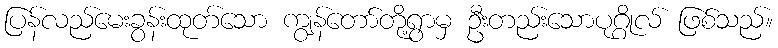
ပြန်လည်မေးခွန်းထုတ်သော ကျွန်တော်တို့ရွာမှ ဦးတည်းသောပုဂ္ဂိုလ် ဖြစ်သည်။